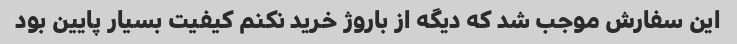
این سفارش موجب شد که دیگه از باروژ خرید نکنم کیفیت بسیار پایین بود